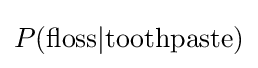
P(\mathrm {floss} |\mathrm {toothpaste} )